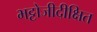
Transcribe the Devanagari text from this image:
भट्टोजीदीक्षित